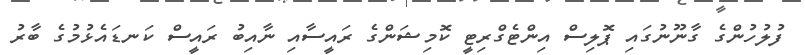
ފުލުހުންގެ ގާނޫނުގައި ޕޮލިސް އިންޓެގްރިޓީ ކޮމިޝަންގެ ރައީސާއި ނާއިބު ރައީސް ކަނޑައެޅުމުގެ ބާރު